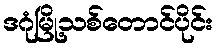
ဒဂုံမြို့သစ်တောင်ပိုင်း